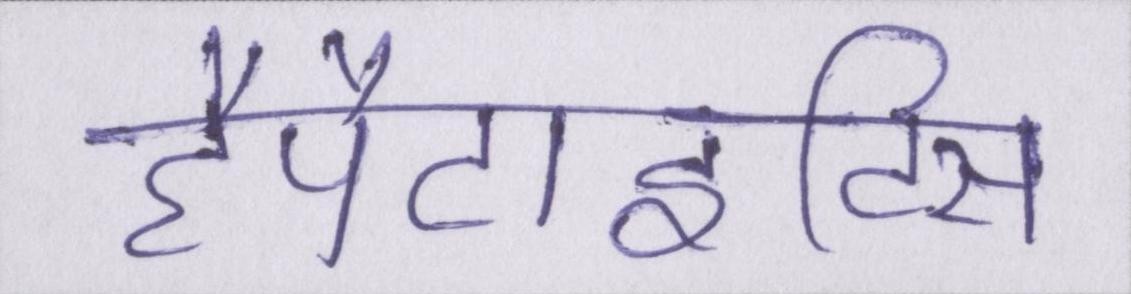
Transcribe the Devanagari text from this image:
हैपैटाइटिस